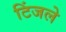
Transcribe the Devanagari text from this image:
टिंजले